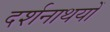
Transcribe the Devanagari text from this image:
दर्शनाथयों